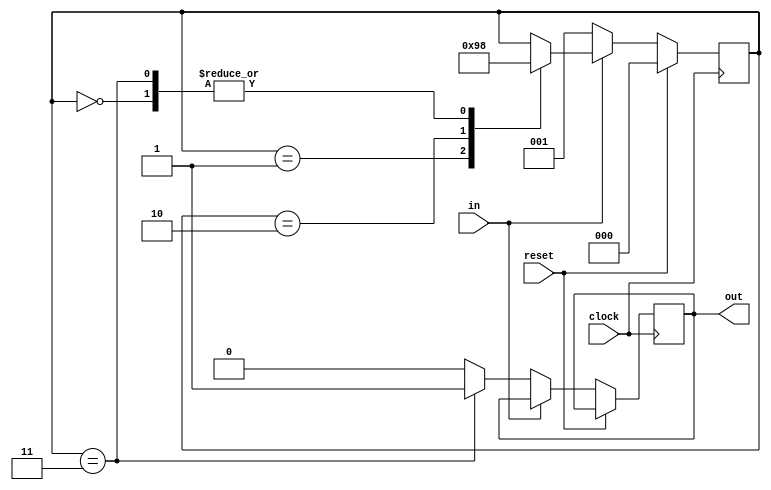
//SEQUENCE DETECTOR FOR "0110"
module FSM_0110 (in, clock, reset, out);
    input in, clock, reset;
    output reg out;

    //REGISTERS FOR HOLDING STATE
    reg [2: 0] state;

    //PARAMETERS FOR STATE
    parameter S0 = 3'b000, S1 = 3'b001, S2 = 3'b010, S3 = 3'b011, S4 = 3'b100;

    //ALWAYS BLOCK FOR CHANGE OF STATE
    always @ (posedge clock)
    begin
        //IF RESET
        if (reset) state <= S0;
        //RESET INACTIVE
        else begin
            //INPUT  = 1
            if (in) begin
                case(state)
                S0: state <= S0;
                S1: state <= S2;
                S2: state <= S3;
                S3: state <= S0;
                endcase
            end
            //INPUT = 0
            else begin
                //IF SEQUENCE DETECTED
                if (state == S3)begin
                     out <= 1'b1;
                     state <= S1;
                end

                //STATE CHANGE BUT NO SEQUENCE DETECTED
                else begin
                    out <= 1'b0;
                    state <= S1;
                end
            end
        end
    end
endmodule

module TESTBENCH;
    reg in, clock, reset;
    wire out;

    FSM_0110 FSM(in, clock, reset, out);

    initial begin
        clock = 1'b0;
        reset = 1'b1;

        #15 reset = 1'b0;
    end

    always #5 clock = ~clock;

    initial begin
        $monitor ($time, " IN = %b RESET = %b OUT = %b STATE = %b\n", in, reset, out, FSM.state);
        #12 in = 0; #10 in = 1; #10 in = 1; #10 in = 0;
        #10 $finish;
    end
endmodule